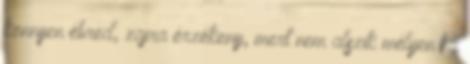
könnyen ébred, zajra érzékeny, mert nem alszik mélyen ha